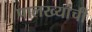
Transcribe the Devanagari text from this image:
पालख्यांची